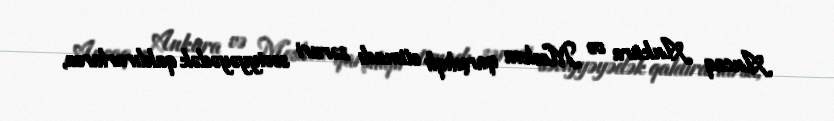
Ancaq Ankara və Moskva qarşılıqlı etimadı zəruri səviyyəyədək qaldırarlarsa,